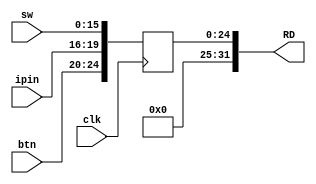
`timescale 1ns / 1ps
// digital_in.v
// Digital input
//         Juliana Pineda


module digital_in(
    input clk,
    input [15:0] sw,
    input [4:0] btn,
    input [3:0] ipin,
    
    output [31:0] RD
);
    // Peripherals registers
    reg [24:0] inputs = 0;
    assign RD = inputs;

    always @ (posedge clk)
        inputs <= {btn, ipin, sw};

endmodule